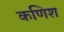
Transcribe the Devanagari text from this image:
कणिश